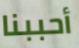
أحببنا